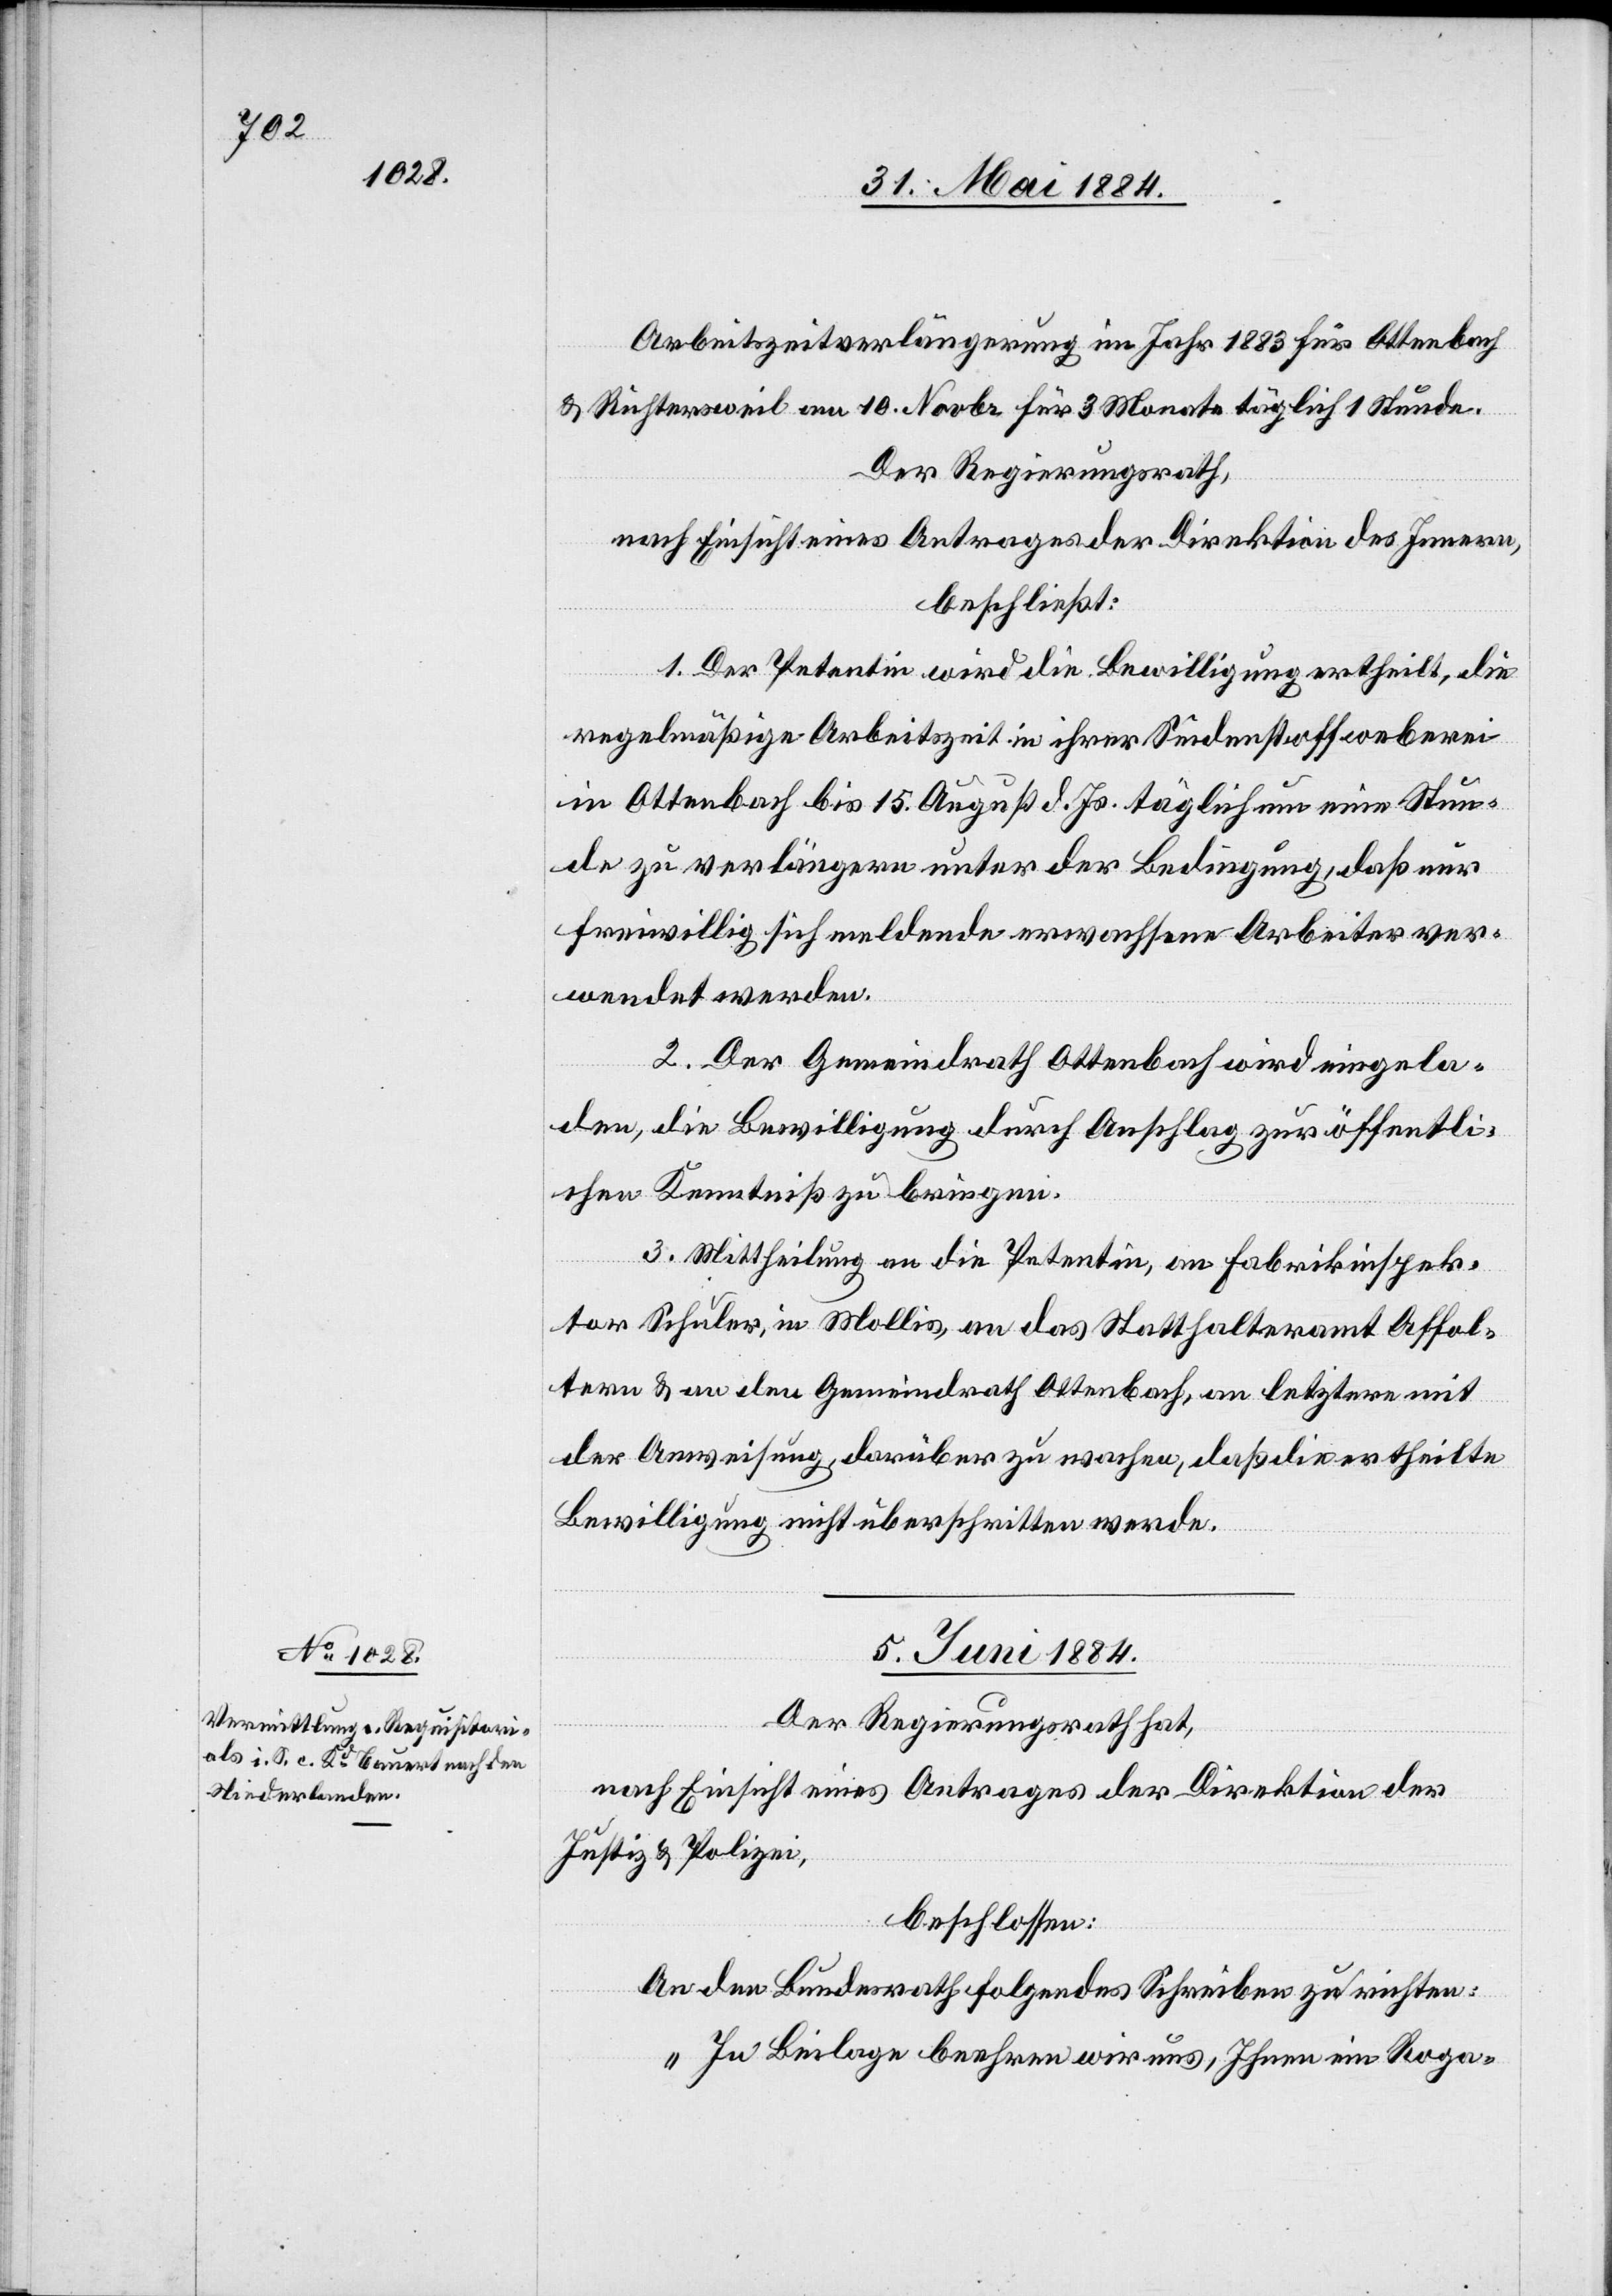
Arbeitszeitverlängerung im Jahr 1883 für Ottenbach
& Richtersweil am 10. Novbr. für 3 Monate täglich 1 Stunde.
Der Regierungsrath,
nach Einsicht eines Antrages der Direktion des Innern,
beschließt:
1. Der Petentin wird die Bewilligung ertheilt, die
regelmäßige Arbeitszeit in ihrer Seidenstoffweberei
in Ottenbach bis 15. August d. Js. täglich um eine Stun¬
de zu verlängern unter der Bedingung, daß nur
freiwillig sich meldende erwachsene Arbeiter ver¬
wendet werden.
2. Der Gemeindrath Ottenbach wird eingela¬
den, die Bewilligung durch Anschlag zur öffentli¬
chen Kenntniß zu bringen.
3. Mittheilung an die Petentin, an Fabrikinspek¬
tor Schuler, in Mollis, an das Statthalteramt Affol¬
tern & an den Gemeindrath Ottenbach, an letztern mit
der Anweisung, darüber zu wachen, daß die ertheilte
Bewilligung nicht überschritten werde.
05. Juni 1884.
Der Regierungsrath hat,
nach Einsicht eines Antrages der Direktion der
Justiz & Polizei,
beschlossen:
An den Bundesrath folgendes Schreiben zu richten:
„In Beilage beehren wir uns, Ihnen im Roga-